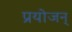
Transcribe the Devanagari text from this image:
प्रयोजन्